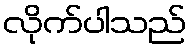
လိုက်ပါသည်